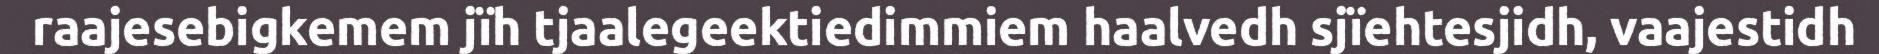
raajesebigkemem jïh tjaalegeektiedimmiem haalvedh sjïehtesjidh, vaajestidh